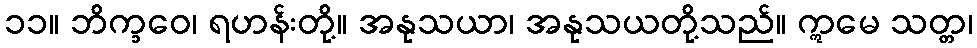
၁၁။ ဘိက္ခဝေ၊ ရဟန်းတို့။ အနုသယာ၊ အနုသယတို့သည်။ ဣမေ သတ္တ၊